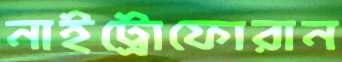
নাইট্রোফোরান